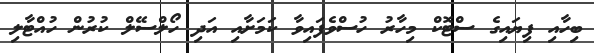
ބިހާއި ފިޔައިގެ ސްޓޮކް މިހާރު ހުސްވެފައިވާ ކަމަށާއި އަދި ހޯލްސޭލް ކުރުން ހުއްޓާލި